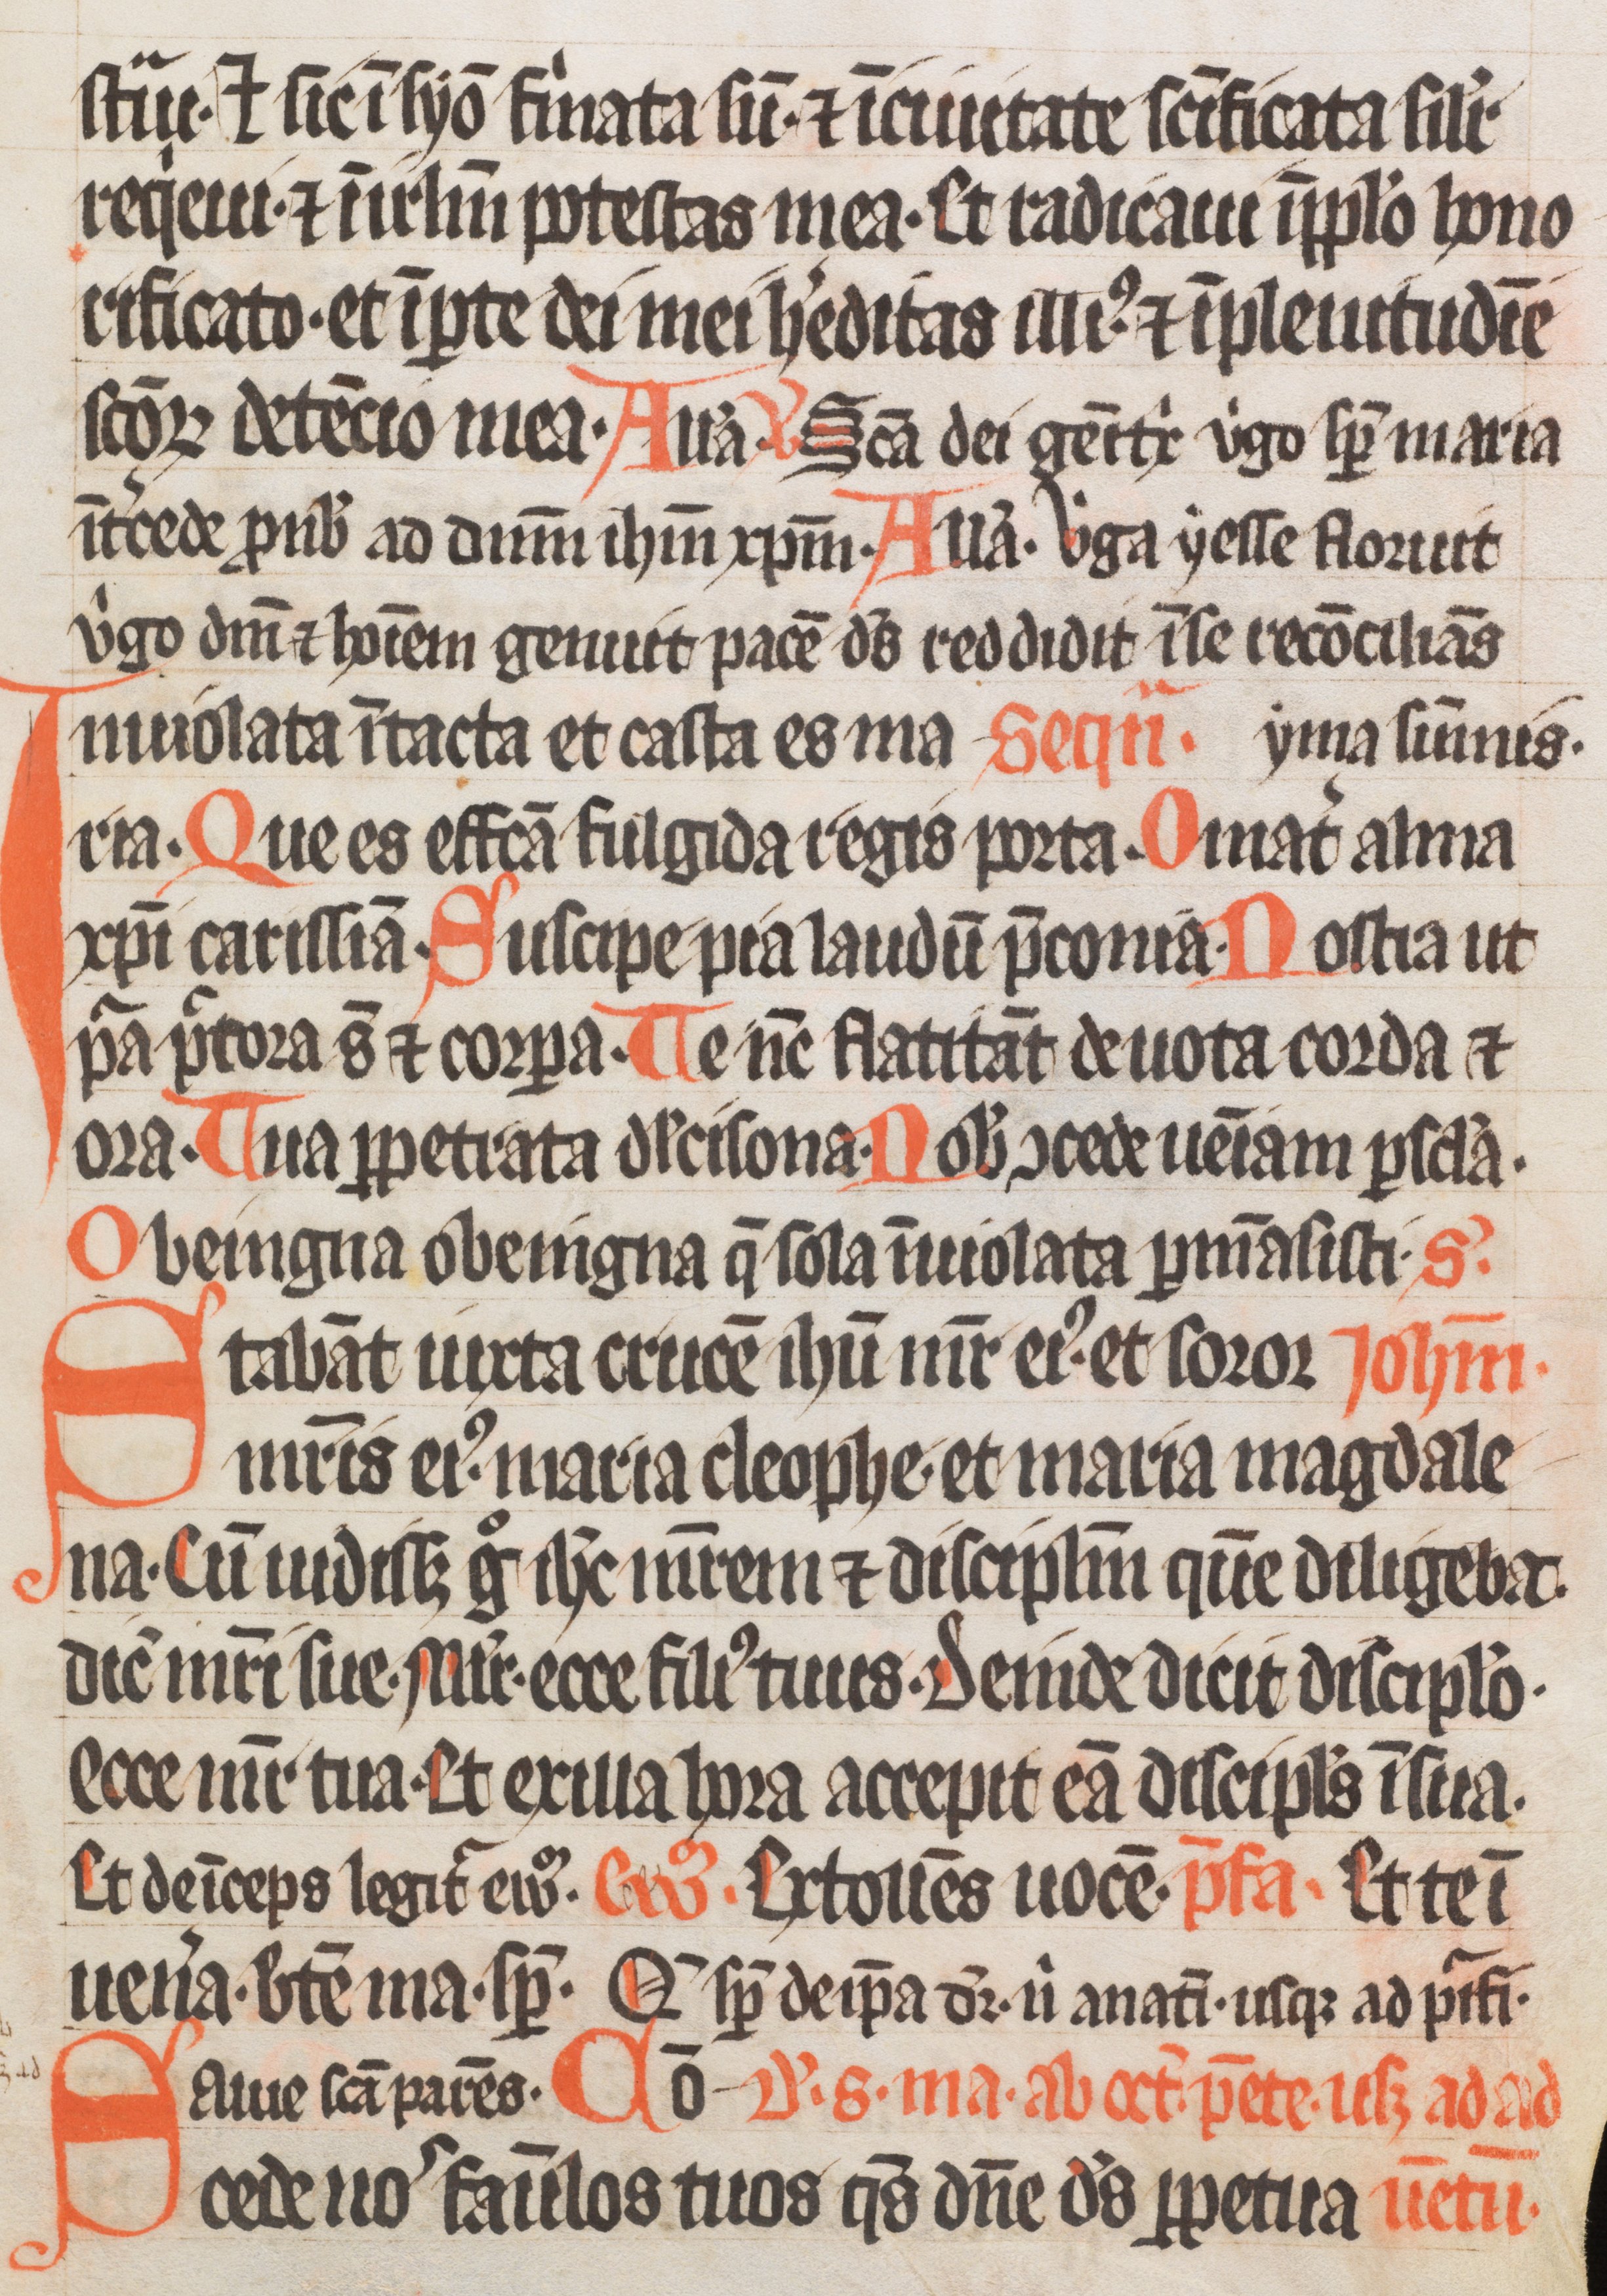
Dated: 1333–1333